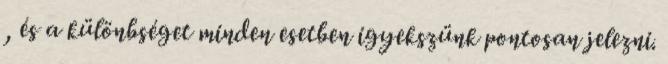
, és a különbséget minden esetben igyekszünk pontosan jelezni.